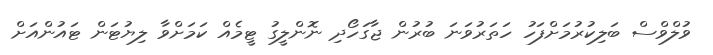
ވުލްވްސް ބަލިކުރުމަށްފަހު ހަތަރުވަނަ ބުރުން ޖާގަހޯދި ނޮންލީގު ޓީމެއް ކަމަށްވާ ލިޔުޓަން ޓައުންއަށް